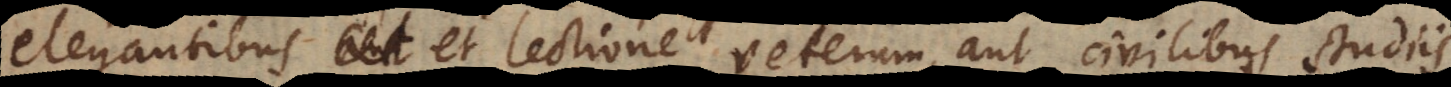
elegantibus et lectione veterum, aut civilibus studiis